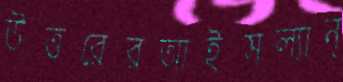
উত্তরেরআইসল্যান্